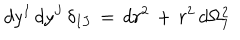
\, d y ^ { I } \, d y ^ { J } \, \delta _ { I J } \, = \, d r ^ { 2 } \, + \, r ^ { 2 } \, d \Omega _ { 7 } ^ { 2 }